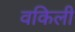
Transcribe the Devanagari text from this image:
वकिली